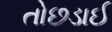
તોછડાઈ